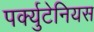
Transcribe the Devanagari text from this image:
पर्क्युटेनियस